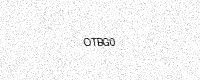
Text: OTBG0